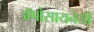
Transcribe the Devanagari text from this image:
अॅपोसायनेसी